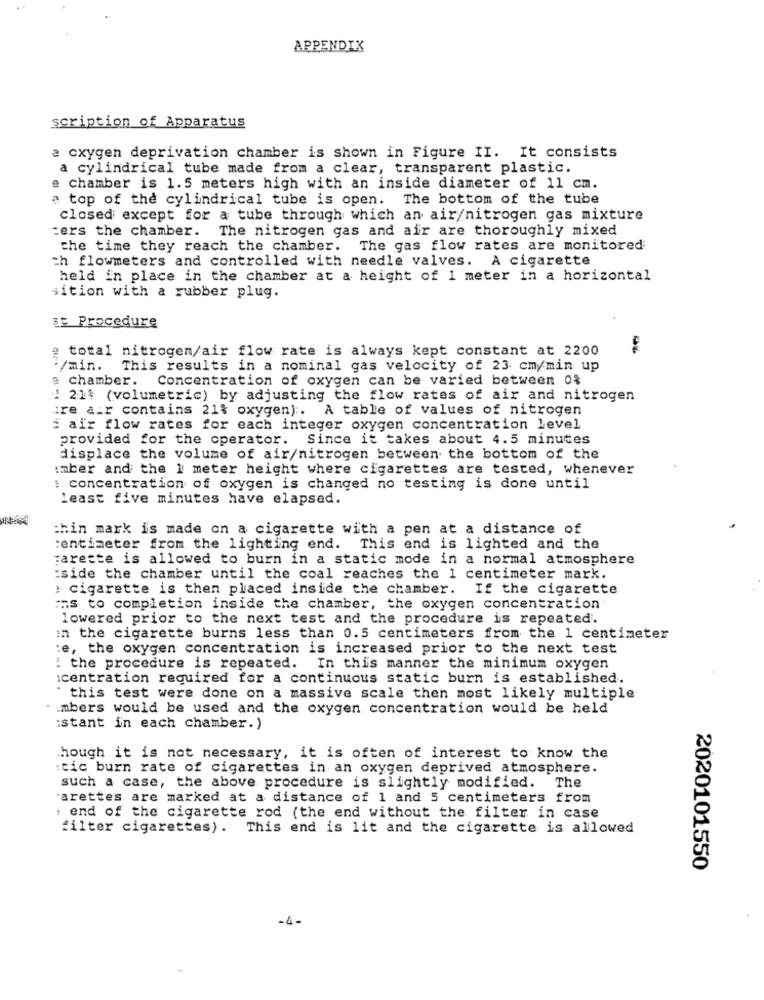
APPENDIX
scription of Apparatus
oxygen deprivation chamber is shown in Figure II. It consists
a cylindrical tube made from a clear, transparent plastic.
chamber is 1.5 meters high with an inside diameter of 11 cm.
a top of the cylindrical tube is open. The bottom of the tube
closed except for a tube through which an air/nitrogen gas mixture
:ers the chamber. The nitrogen gas and air are thoroughly mixed
the time they reach the chamber. The gas flow rates are monitored
ch flowmeters and controlled with needle valves. A cigarette
held in place in the chamber at a height of 1 meter in a horizontal
sition with a rubber plug.
st Procedure
? total nitrogen/air flow rate is always kept constant at 2200
./min.
This results in a nominal gas velocity of 23 cm/min up
chamber. Concentration of oxygen can be varied between 0%
1 214 (volumetric) by adjusting the flow rates of air and nitrogen
tre air contains 21% oxygen) :. A table of values of nitrogen
i air flow rates for each integer oxygen concentration level
provided for the operator. Since it takes about 4.5 minutes
displace the volume of air/nitrogen between the bottom of the
amber and the 1 meter height where cigarettes are tested, whenever
: concentration of oxygen is changed no testing is done until
least five minutes have elapsed.
chin mark is made on a cigarette with a pen at a distance of
centimeter from the lighting end. This end is lighted and the
sareste is allowed to burn in a static mode in a normal atmosphere
:side the chamber until the coal reaches the 1 centimeter mark.
: cigarette is then placed inside the chamber. If the cigarette
ns to completion inside the chamber, the oxygen concentration
lowered prior to the next test and the procedure is repeated.
in the cigarette burns less than 0.5 centimeters from the 1 centimeter
:e, the oxygen concentration is increased prior to the next test
: the procedure is repeated. In this manner the minimum oxygen
centration required for a continuous static burn is established.
this test were done on a massive scale then most likely multiple
mbers would be used and the oxygen concentration would be held
:stant in each chamber.)
though it is not necessary, it is often of interest to know the
:tic burn rate of cigarettes in an oxygen deprived atmosphere.
such a case, the above procedure is slightly modified. The
'arettes are marked at a distance of 1 and 5 centimeters from
: end of the cigarette rod (the end without the filter in case
filter cigarettes). This end is lit and the cigarette is allowed
2020101550
-4-